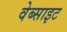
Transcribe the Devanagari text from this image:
वेब्साइट